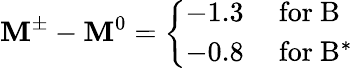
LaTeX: \mathbf{M}^{\pm}-\mathbf{M}^{0}=\left\{ \begin{array}{rl}{{-1.3}}&{{\mathrm{~for~B}}}\\ {{-0.8}}&{{\mathrm{~for~B^{*}~}}}\end{array}\right.